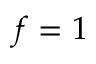
f = 1